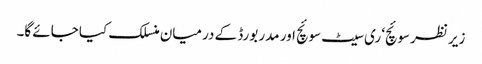
زیر نظر سوئچ‘ ری سیٹ سوئچ اور مدر بورڈ کے درمیان منسلک کیا جائے گا۔